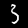
Digit: 3